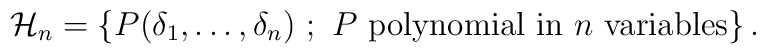
{\cal H}_n = \{ P (\delta_1 , \ldots , \delta_n) \ ; \ P \ \hbox{polynomial in} \ n \ \hbox{variables} \} \, .